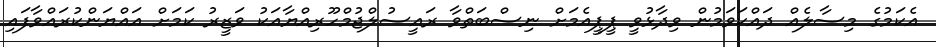
އެކަމުގެ މިސާލެއް ދައްކަވަމުން ވިދާޅުވީ ޕީޕީއެމަށް ނިސްބަތްވާ ރައީސުލްޖުމްހޫރިއްޔާއަކު ވަޒީރު ކަމަށް އައްޔަންކުރައްވާފައި